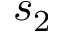
s _ { 2 }